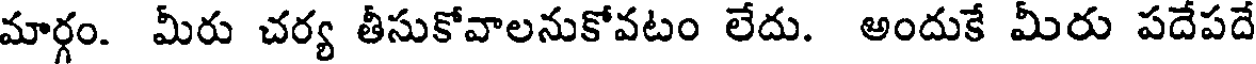
మార్గం. మీరు చర్య తీసుకోవాలనుకోవటం లేదు. అందుకే మీరు పదేపదే